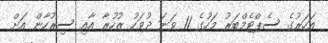
އަހަރުގެ ސެޕްޓެމްބަރު މަހުގެ 11 ވަނަ ދުވަހު ޒުހުރާ އާއި ސިރުހާން އަށް